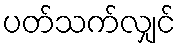
ပတ်သက်လျှင်